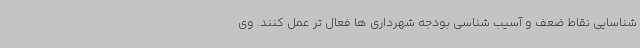
شناسایی نقاط ضعف و آسیب شناسی بودجه شهرداری ها فعال تر عمل کنند. وی